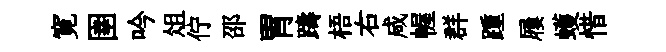
寛圉吟俎佇邵胃躊梧右咸幄群踵屨蠖惜